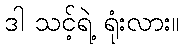
ဒါ သင့်ရဲ့ ရုံးလား။